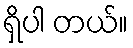
ရှိပါ တယ်။